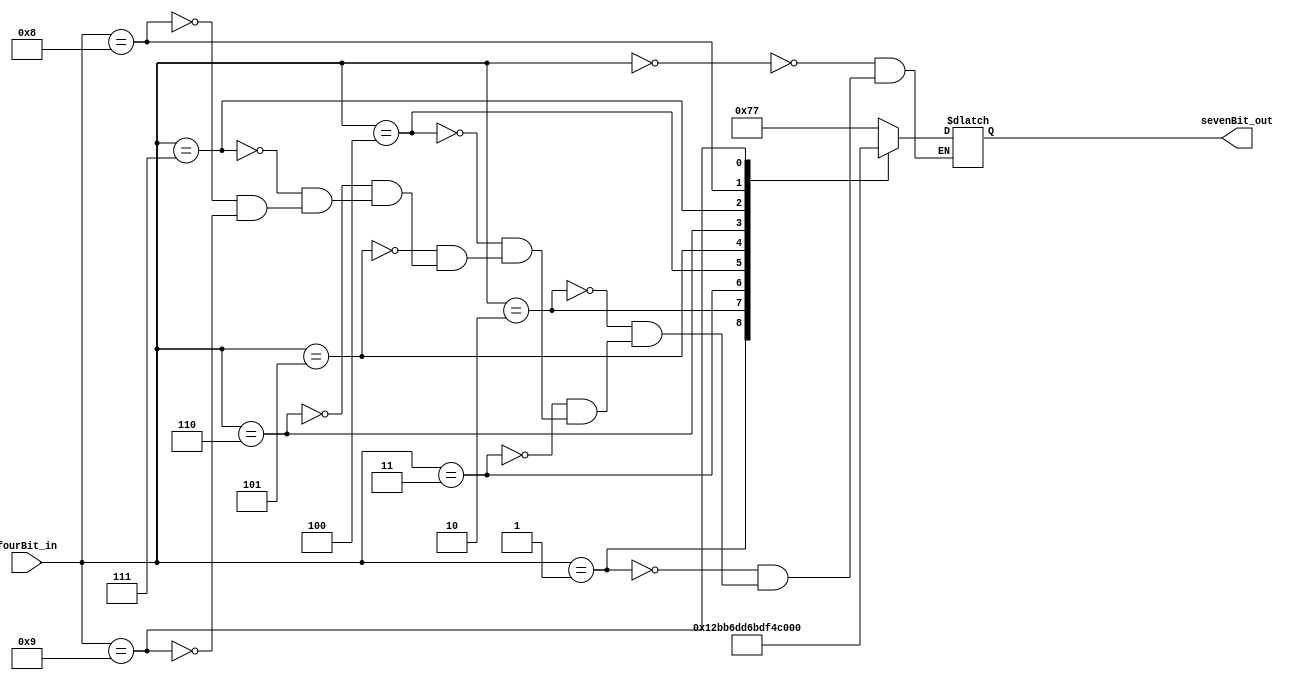
`timescale 1ns / 1ps
//////////////////////////////////////////////////////////////////////////////////
// Company: 
// Engineer: 
// 
// Design Name: 
// Module Name: seven_segment_decoder
// Project Name: 
// Target Devices: 
// Tool Versions: 
// Description: 
// 
// Dependencies: 
// 
// Revision:
// Revision 0.01 - File Created
// Additional Comments:
// 
//////////////////////////////////////////////////////////////////////////////////


module seven_segment_decoder(
    input [3:0] fourBit_in,
    output reg [6:0] sevenBit_out
    );
    
    always@(*)begin
    case(fourBit_in)
        4'b0000: sevenBit_out <= 7'b1110111; // one to one mapping of input to output
        4'b0001: sevenBit_out <= 7'b0010010;
        4'b0010: sevenBit_out <= 7'b1011101;
        4'b0011: sevenBit_out <= 7'b1011011;
        4'b0100: sevenBit_out <= 7'b0111010;
        4'b0101: sevenBit_out <= 7'b1101011;
        4'b0110: sevenBit_out <= 7'b1101111;
        4'b0111: sevenBit_out <= 7'b1010010;
        4'b1000: sevenBit_out <= 7'b1111111;
        4'b1001: sevenBit_out <= 7'b1111010;
//        4'b1010: sevenBit_out <= 7'b; // don't need
//        4'b1011: sevenBit_out <= 7'b;
//        4'b1100: sevenBit_out <= 7'b;
//        4'b1101: sevenBit_out <= 7'b;
//        4'b1110: sevenBit_out <= 7'b;
//        4'b1111: sevenBit_out <= 7'b;
        endcase
     end //always
endmodule